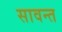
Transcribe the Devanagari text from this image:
सावन्‍त